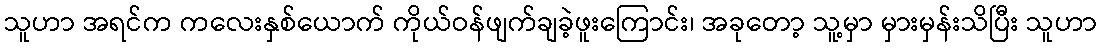
သူဟာ အရင်က ကလေးနှစ်ယောက် ကိုယ်ဝန်ဖျက်ချခဲ့ဖူးကြောင်း၊ အခုတော့ သူ့မှာ မှားမှန်းသိပြီး သူဟာ